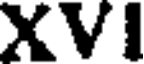
XVI